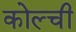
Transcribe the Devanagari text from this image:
कोल्ची